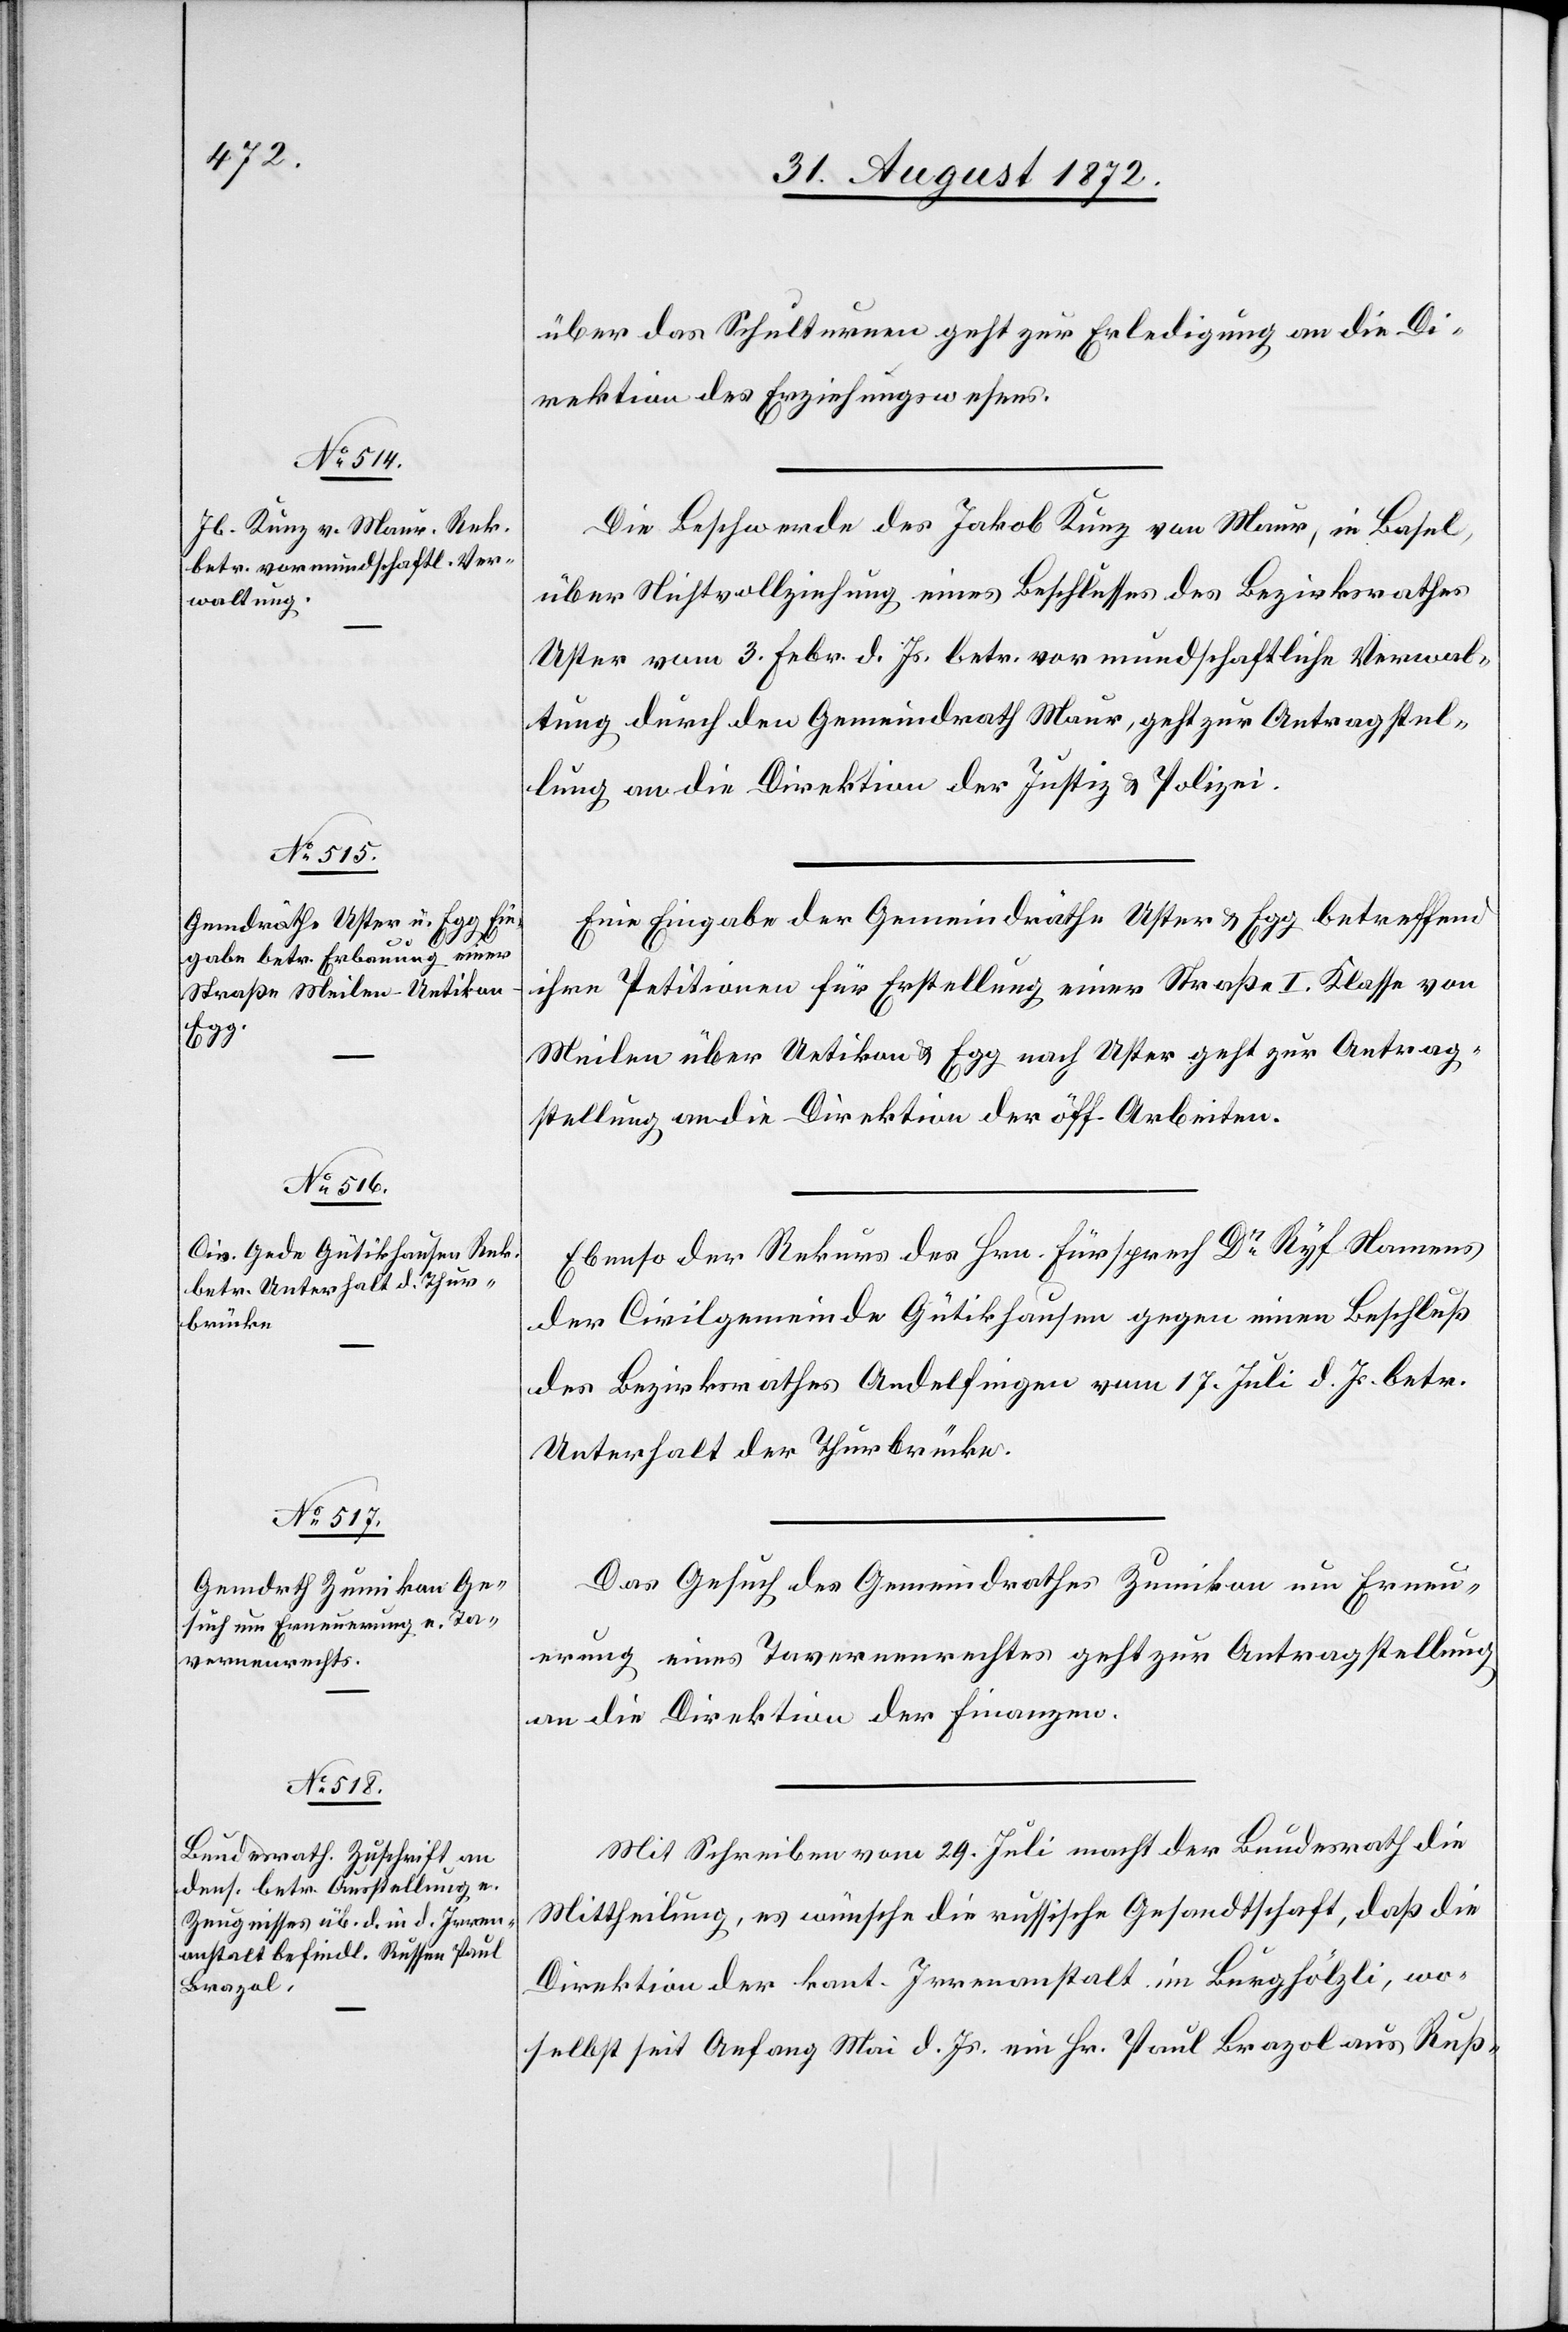
3.
1872.]

über das Schulturnen geht zur Erledigung an die Di¬
rektion des Erziehungswesens.
Die Beschwerde des Jakob Kunz von Maur, in Basel,
über Nichtvollziehung eines Beschlusses des Bezirksrathes
Uster vom 3. Febr. d. Js. betr. vormundschaftliche Verwal¬
tung durch den Gemeindrath Uster, geht zur Antragstel¬
lung an die Direktion der Justiz u. Polizei.
Eine Eingabe der Gemeindräthe Uster u. Egg betreffend
ihre Petitionen für Erstellung einer Straße I. Klasse von
Meilen über Uetikon u. Egg nach Uster geht zur Antrag¬
stellung an die Direktion der öff. Arbeiten.
Ebenso der Rekurs des Hrn. Fürsprech Dr Ryf Namens
der Civilgemeinde Gütikhausen gegen einen Beschluß
des Bezirksrathes Andelfingen vom 17. Juli d. Js. betr.
Unterhalt der Thurbrücke.
Das Gesuch des Gemeindrathes Zumikon um Erneu¬
erung eines Tavernenrechtes geht zur Antragstellung
an die Direktion der Finanzen.
Mit Schreiben vom 29. Juli macht der Bundesrath die
Mittheilung, es wünsche die russische Gesandtschaft, daß die
Direktion der kant. Irrenanstalt im Burghölzli, wo¬
selbst seit Anfang Mai d. Js. ein Hr. Paul Brazol aus Ruß-